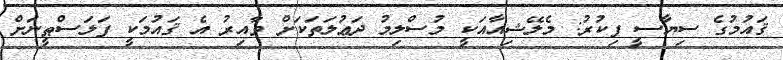
ޤައުމުގެ ސިޔާސީ ފިކުރު: މެލޭޝިއާއަކީ މުސްލިމު ދަޢުލަތަކަށް ވާއިރު އެ ޤައުމަކީ ފަލަސްޠީނަށް